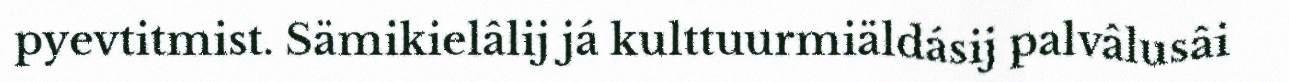
pyevtitmist. Sämikielâlij já kulttuurmiäldásij palvâlusâi